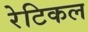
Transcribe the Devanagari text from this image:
रेटिकल